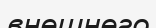
внешнего